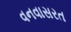
વનવાસરત